65_HS1-834228961_62-HQ-83894_Section_6
Agency: FBI
Page 216
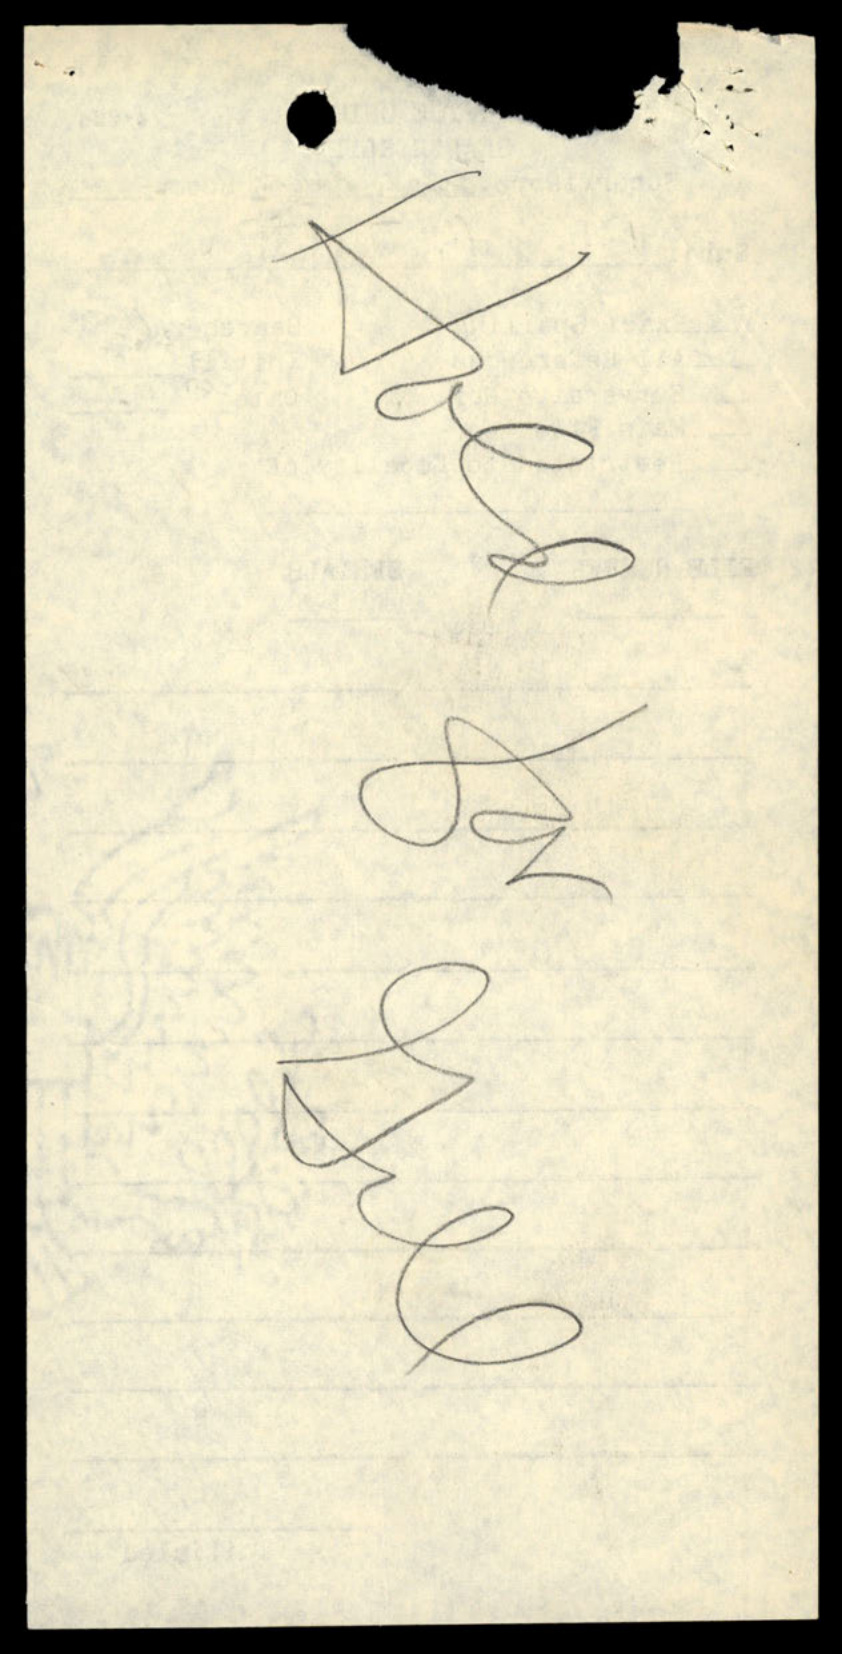